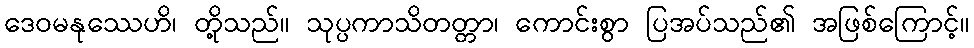
ဒေဝမနုဿေဟိ၊ တို့သည်။ သုပ္ပကာသိတတ္တာ၊ ကောင်းစွာ ပြအပ်သည်၏ အဖြစ်ကြောင့်။